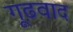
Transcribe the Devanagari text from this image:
गूढ़वाद